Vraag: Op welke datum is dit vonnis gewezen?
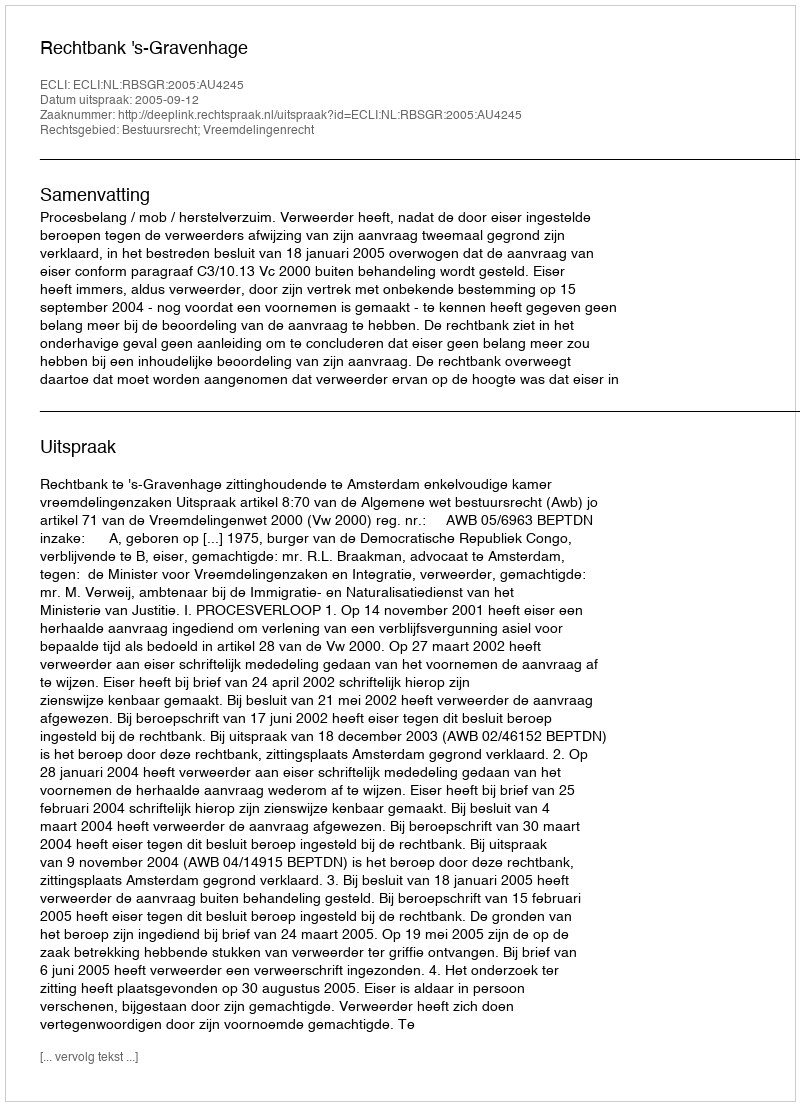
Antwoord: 2005-09-12